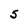
Character: S